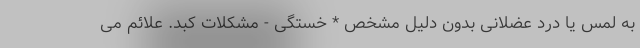
به لمس یا درد عضلانی بدون دلیل مشخص * خستگی - مشکلات کبد. علائم می